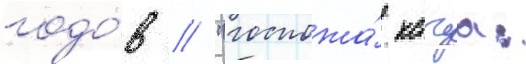
годо́в // "госпожа́ кагуа: